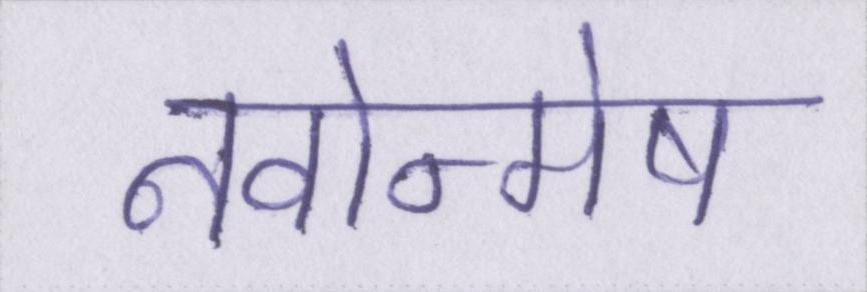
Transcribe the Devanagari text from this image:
नवोन्मेष